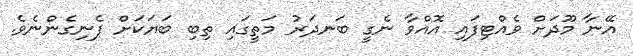
އޭނާ މޫދަށް ވެއްޓިފައި އޮއްވާ ނެގީ ބަނދަރު މަތީގައި ތިބި ބަޔަކަށް ފެނިގެންނެވެ.